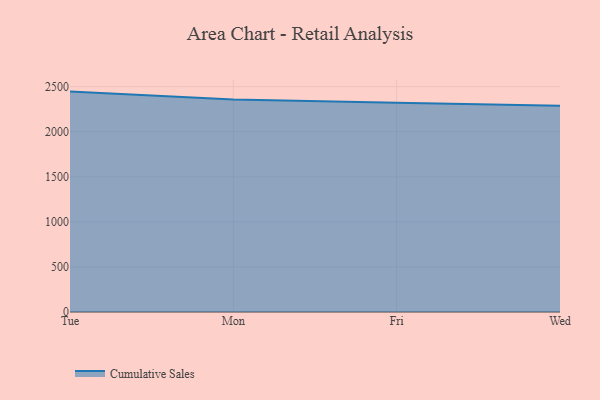
{"axis": {"x": "Day", "y": "Budget (USD K)"}, "legend": ["Cumulative Sales"], "data": [{"x": "Tue", "y": 2445.2, "type": "Cumulative Sales"}, {"x": "Mon", "y": 2356.4, "type": "Cumulative Sales"}, {"x": "Fri", "y": 2321.9, "type": "Cumulative Sales"}, {"x": "Wed", "y": 2289.3, "type": "Cumulative Sales"}]}